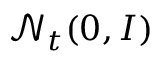
\boldsymbol { \mathcal { N } } _ { t } ( \boldsymbol { 0 } , I )